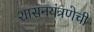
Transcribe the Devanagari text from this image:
शासनयंत्रणेची